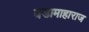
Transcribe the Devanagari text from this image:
वडामाहाराज